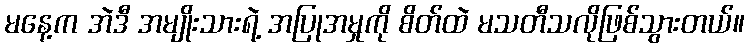
မနေ့က အဲဒီ အမျိုးသားရဲ့ အပြုအမှုကို စိတ်ထဲ မသတီသလိုဖြစ်သွားတယ်။